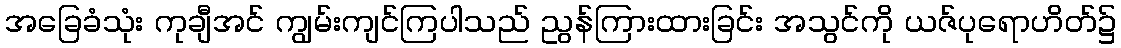
အခြေခံသုံး ကုချီအင် ကျွမ်းကျင်ကြပါသည် ညွန်ကြားထားခြင်း အသွင်ကို ယဇ်ပုရောဟိတ်၌